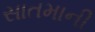
સાતમાની